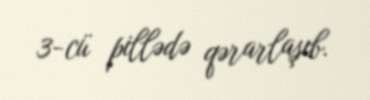
3-cü pillədə qərarlaşıb.